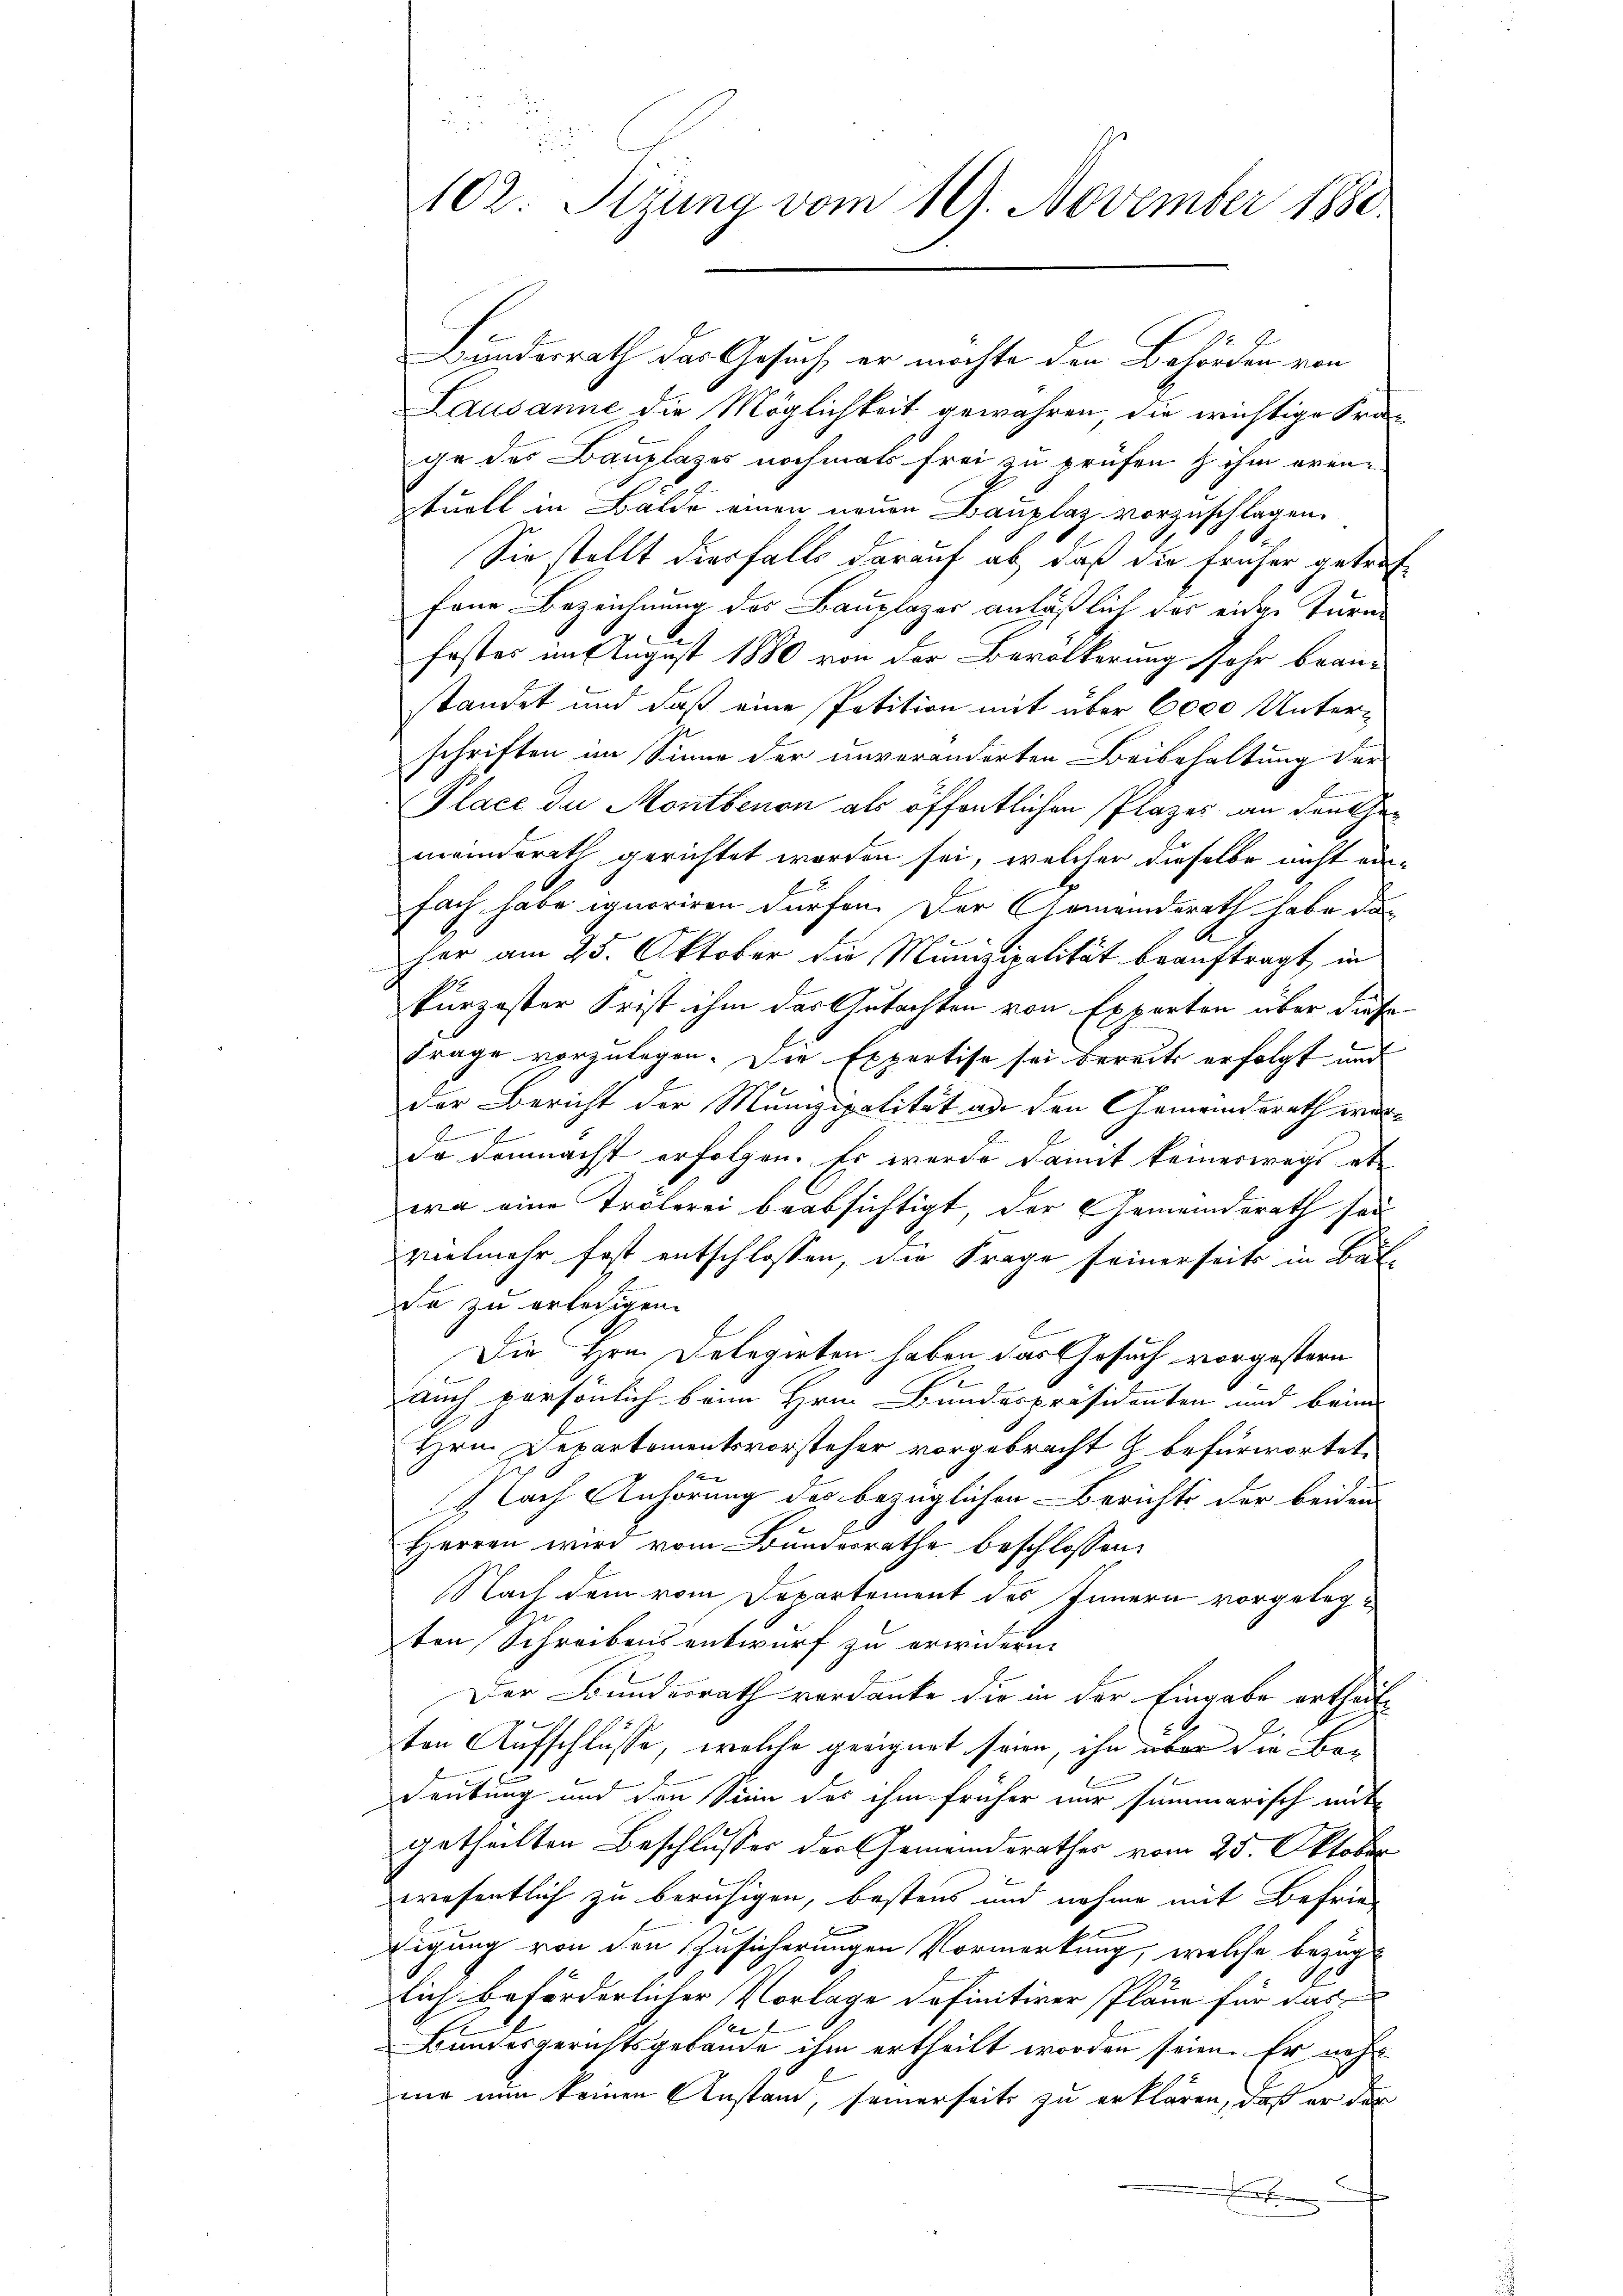
ru
102. Stzung vom 19. November 1880.

Bundesrath das Gesuch, er möchte den Behörden von
Lausanne die Möglichkeit gewähren die wichtige Srage des Bauplages nochmals frei zu prüfen & ihm evenxtuell in Bälde einen neuen Bauplaz vorzuschlagen.
Sie stellt diesfalls darauf ab, daß die früher getroffene Bezeichnung des Bauplazer anläßlich das einer Turne
fester im August 1880 von der Bevölkerung sehr bean-
standet und daß eine Petition mit über 6000 Unterschriften im Sinne der unveränderten Beibehaltung der
Place de Montbenon als öffentlichen Plazes an den Gemeinderath gerichtet worden sei, welcher dieselbe nicht ein-
fach habe ignoriren dürfen. Der Gemeinderath habe da
her am 25. Oktober die Munizipalität beauftragt, in
kurzester Frist ihm das Gutachten von Experton über diese
Frage vorzulegen. Die Expertise sei bereits erfolgt und
der Bericht der Munizipalität an den Gemeindsrath wur-
J
E
do demnächst erfolgen. Es werde damit keineswegs abe
wa eine Trölerei beabsichtigt, der Gemeindsrath sei
vielmehr fast entschlossen, die Frage seinerseits in Balda zu erledigen.
Die Hrn. Delegirten haben das Gesuch vorgestern
auch persönlich beim Hrn. Bundespräsidenten und beim
Hhrn. Departementsvorsteher vorgebracht & befürwortet,

 lach Anhörung der bezüglichen Berichts der beiden
Herren wird vom Bundesrathe beschlossen:
Nach dem vom Departement des Innern vorgelegzten Schreibensentwurf zu erwidern.
Der Bundesrath verdanke die in der Eingabe ertheilten Aufschlüsse, welche geeignet seien, ihn über die Be¬
Deutung und den Sinn des ihm früher nur summarisch mit
getheilten Beschlusses der Gemeindsrathes vom 25. Oktober
wrefentlich zu beruhigen, bestens und nahme mit Befriedigung von den Zusicherungen Vormerkung, welche bezüglich beförderlicher Vorlage definitiver Pläne für das
Bundesgerichtsgebäude ihm ertheilt worden seien. Er noch
mie nun keinen Anstand, seinerseits zu erklären, daß er das
h
.